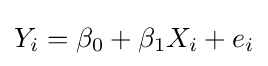
Y_{i}=\beta _{0}+\beta _{1}X_{i}+e_{i}